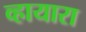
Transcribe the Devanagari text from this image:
व्हायारा